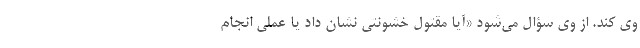
وی کند. از وی سؤال می‌شود «آیا مقتول خشونتی نشان داد یا عملی انجام